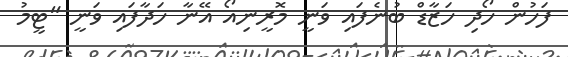
ފަހުން ހޯދި ހަޒާޑް ބުނެފައި ވަނީ މޮރީނިއޯ އޭނާ ހަދާފައި ވަނީ "ޓީމު